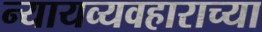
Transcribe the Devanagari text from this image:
न्यायव्यवहाराच्या